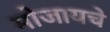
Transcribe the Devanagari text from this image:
मोजायचे